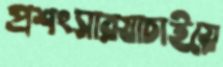
প্রশংসারযাচাইয়ে